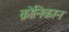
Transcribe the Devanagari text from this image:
क्रोनिकान